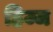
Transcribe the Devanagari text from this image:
हिज्ज